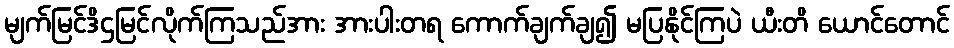
မျက်မြင်ဒိဌမြင်လိုက်ကြသည်အား အားပါးတရ ကောက်ချက်ချ၍ မပြနိုင်ကြပဲ ယီးတိ ယောင်တောင်